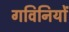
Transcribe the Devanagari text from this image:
गविनियों